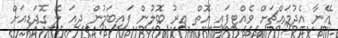
އޭނާ އެދުމައްޗަށް ވެއްޓިފައި އޮތް އިރު ބޮލުން ފައިބަމުން ދިއަ ލޭ ގޮދަޑިއަށް